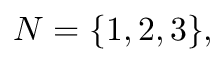
N = \{ 1 , 2 , 3 \} ,